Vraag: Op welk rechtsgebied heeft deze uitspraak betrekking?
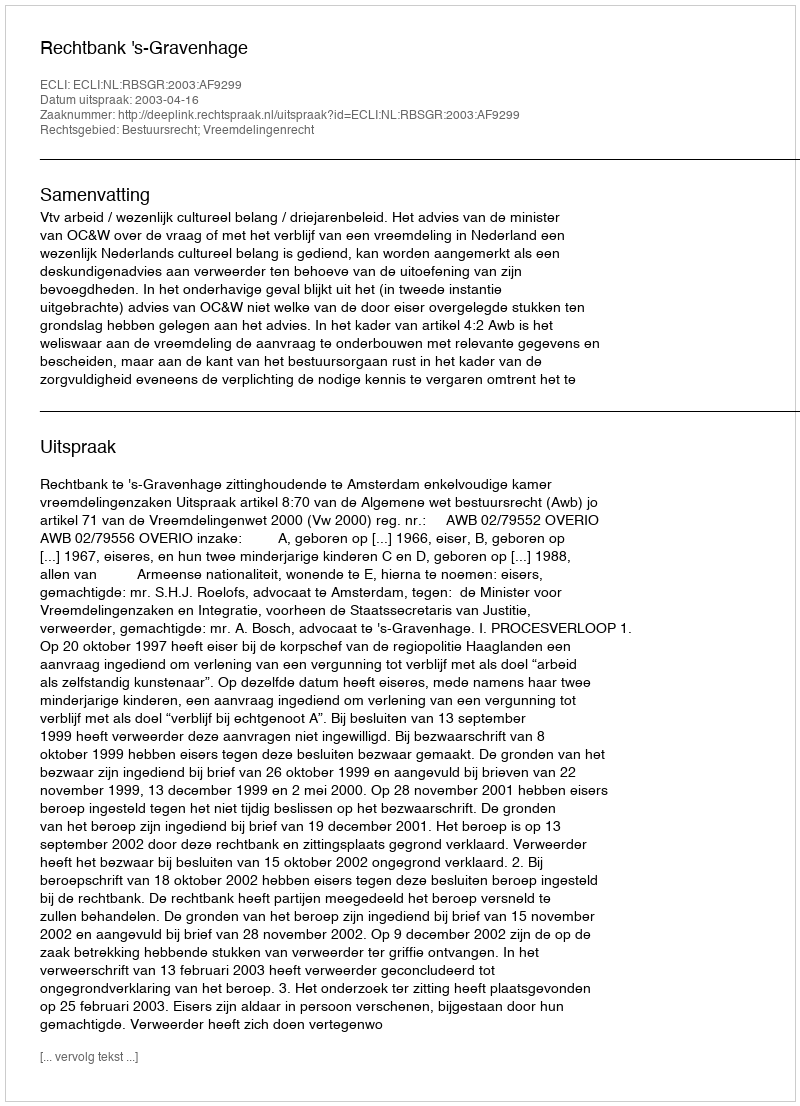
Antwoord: Bestuursrecht; Vreemdelingenrecht